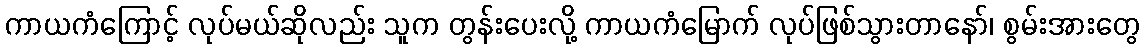
ကာယကံကြောင့် လုပ်မယ်ဆိုလည်း သူက တွန်းပေးလို့ ကာယကံမြောက် လုပ်ဖြစ်သွားတာနော်၊ စွမ်းအားတွေ